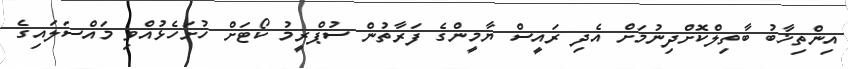
އިންތިޚާބު ބާތިލްކޮށްދިނުމަށް އެދި ރައީސް ޔާމީންގެ ފަރާތުން ސުޕްރީމު ކޯޓަށް ހުށަހެޅުއްވި މައްސަލައިގެ